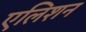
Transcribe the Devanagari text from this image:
एलिशन